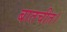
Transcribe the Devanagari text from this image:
बातचीत।